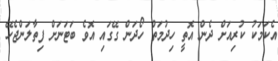
އެކަމަކު ކުރިއަށް ދެން އޮތީ ހިދުމަތް ހޯދަން ގޭގައި އޮވެ ބަޓަނަށް ފިތާލަންޖެހޭ